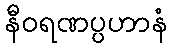
နီဝရဏပ္ပဟာနံ